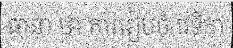
ធានា ថា ការរៀបចំ វេទិកា